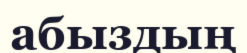
абыздың